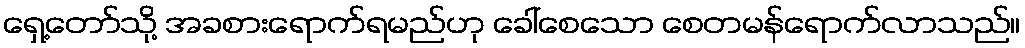
ရှေ့တော်သို့ အခစားရောက်ရမည်ဟု ခေါ်စေသော စေတမန်ရောက်လာသည်။